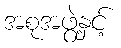
အစုအဖွဲ့နှင့်